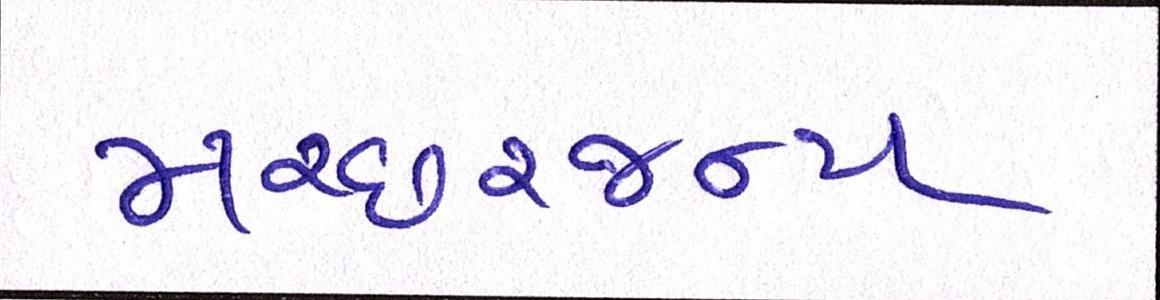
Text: મચ્છરજન્ય